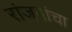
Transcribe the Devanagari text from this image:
रांजनांचा